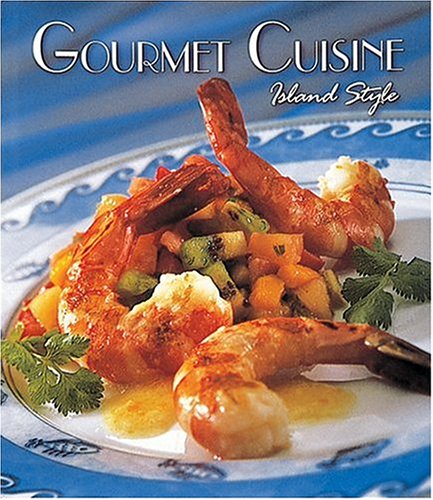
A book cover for Gourmet Cuisine Island Style; Michael Gallagher; Cookbooks, Food & Wine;